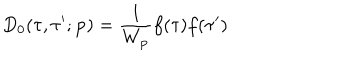
D _ { 0 } ( \tau , \tau ^ { \prime } ; { \bf p } ) = \frac { 1 } { W _ { \bf p } } f ( \tau ) f ( \tau ^ { \prime } )